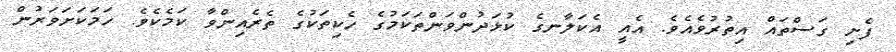
ފެށި ގަސްތައް އިތުރުވެއެވެ. އެއީ އެކަލާނގެ ކުޅަދުންވަންތަކަމުގެ ހެކިތަކުގެ ތެރެއިންވާ ކަމެކެވެ. ހަމަކަށަވަރުން